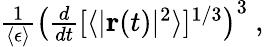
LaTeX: \begin{array}{r}{\frac{1}{\langle\epsilon\rangle}\left(\frac{d}{dt}[\langle|{\mathbf{r}}(t)|^{2}\rangle]^{1/3}\right)^{3}\ ,}\end{array}